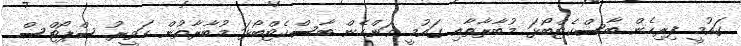
ގައުމީ ފިރިހެން ބާސްކެޓްބޯޅަ މުބާރާތާއި ގައުމީ އަންހެން ބާސްކެޓްބޯޅަ މުބާރާތުން ހަވީރު ސްޕޯޓްސް